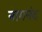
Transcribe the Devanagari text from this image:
नागनंद